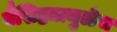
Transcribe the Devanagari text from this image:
वैशिष्ट्यामुळेच